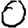
Digit: 0